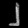
Digit: ၂